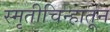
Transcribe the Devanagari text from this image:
स्मृतीचिन्हातून